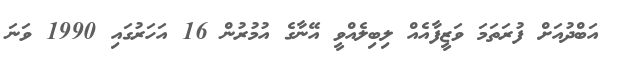
އަބްދުއަށް ފުރަތަމަ ވަޒީފާއެއް ލިބިލެއްވީ އޭނާގެ އުމުރުން 16 އަހަރުގައި 1990 ވަނަ